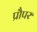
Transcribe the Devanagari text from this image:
प्रौपर